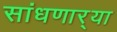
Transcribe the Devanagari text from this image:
सांधणार्‍या